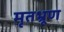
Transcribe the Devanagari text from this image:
मृतभ्रूण